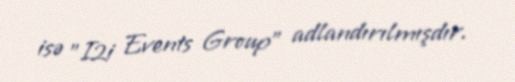
isə "I2i Events Group" adlandırılmışdır.